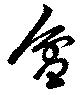
盆